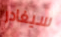
سيغادر